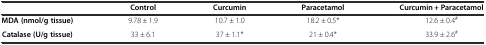
<table><thead><tr><td></td><td><b>Control</b></td><td><b>Curcumin</b></td><td><b>Paracetamol</b></td><td><b>Curcumin + Paracetamol</b></td></tr></thead><tbody><tr><td><b>MDA (nmol/g tissue)</b></td><td>9.78 ± 1.9</td><td>10.7 ± 1.0</td><td>18.2 ± 0.5*</td><td>12.6 ± 0.4<sup>#</sup></td></tr><tr><td><b>Catalase (U/g tissue)</b></td><td>33 ± 6.1</td><td>37 ± 1.1*</td><td>21 ± 0.4*</td><td>33.9 ± 2.6<sup>#</sup></td></tr></tbody></table>